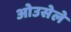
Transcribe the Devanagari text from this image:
ओउसेले